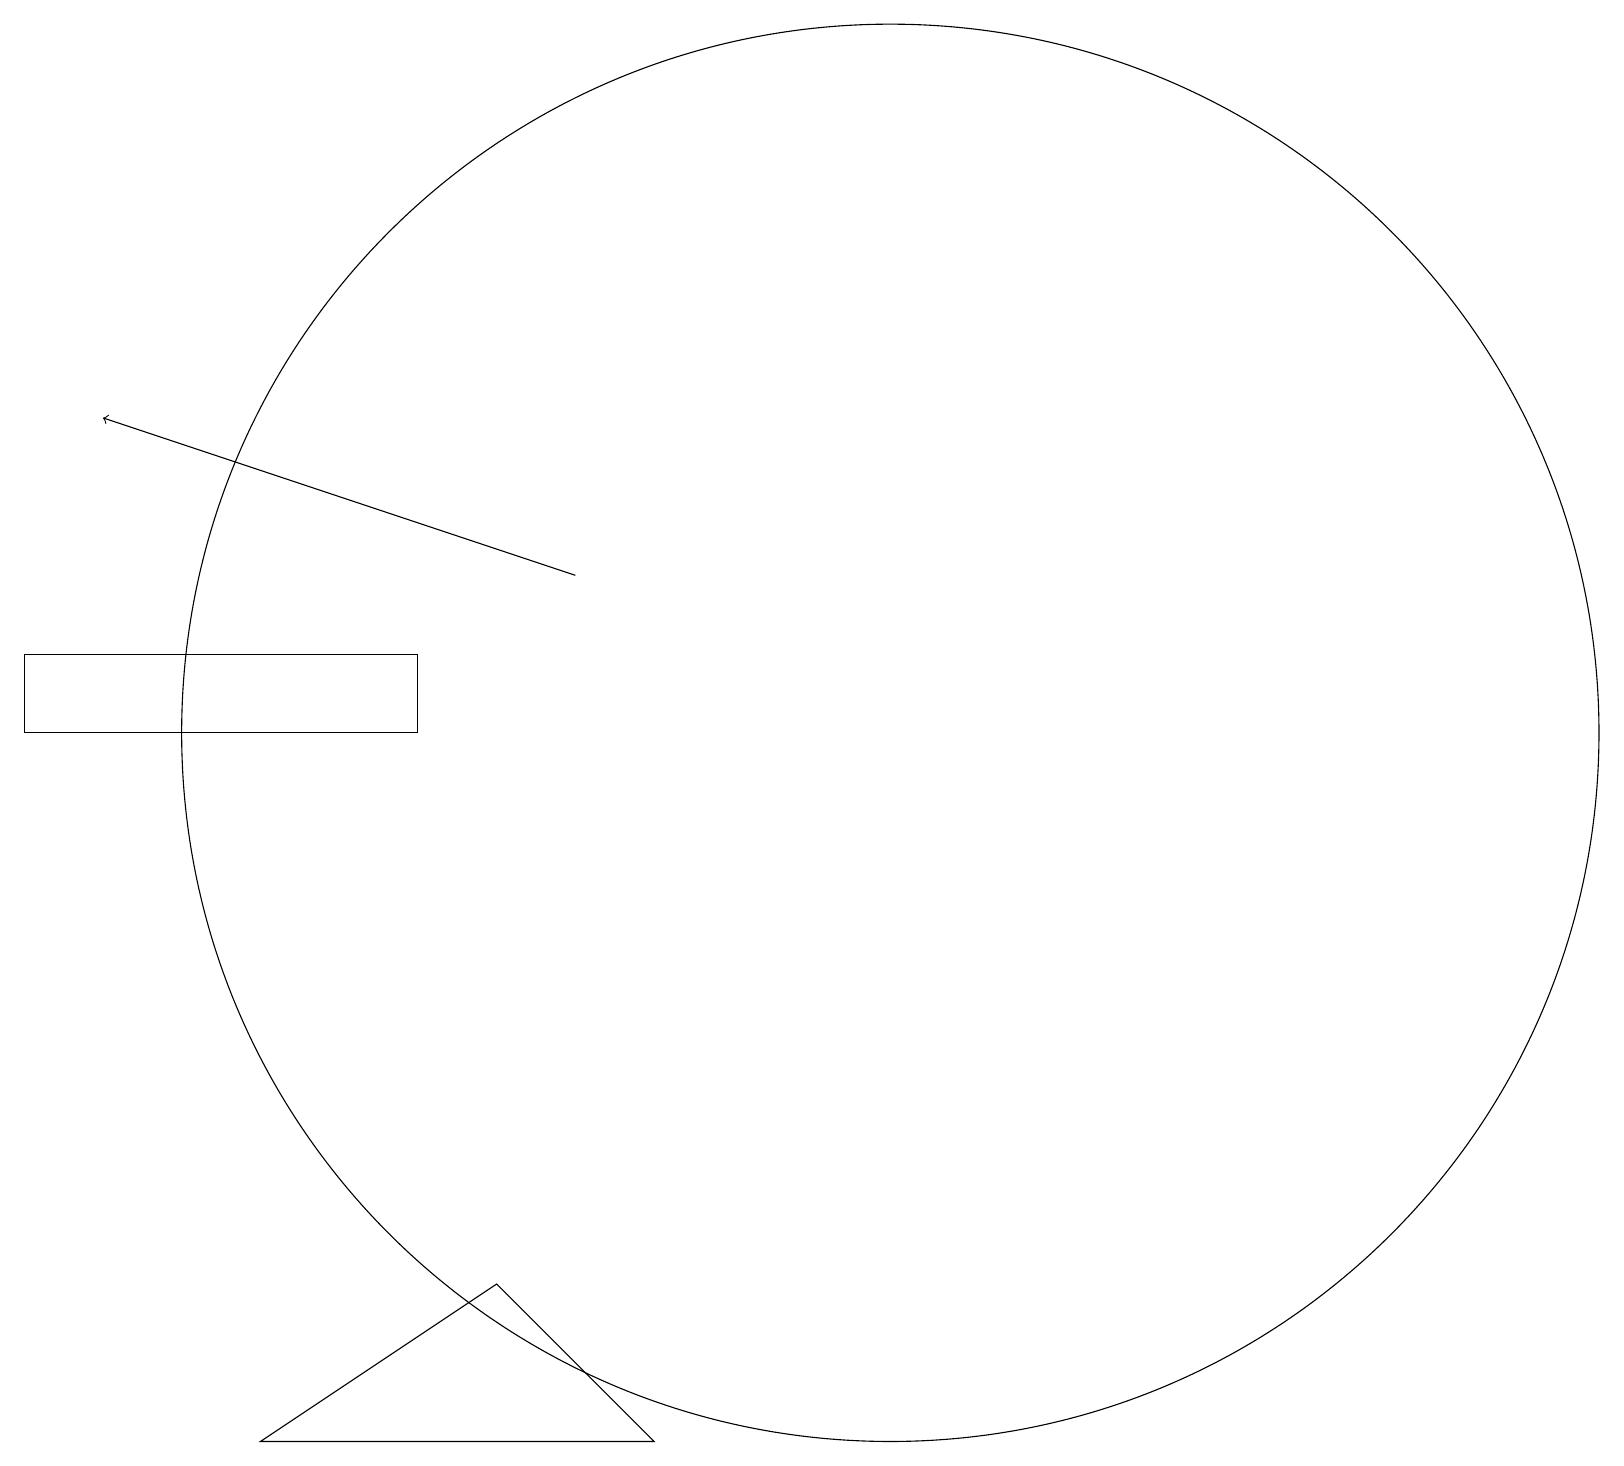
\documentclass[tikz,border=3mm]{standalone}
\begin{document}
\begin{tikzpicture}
\draw[->] (7,14) -- (1,16);
\draw (8,3) -- (3,3) -- (6,5) -- cycle;
\draw (5,13) rectangle (0,12);
\draw (11,12) circle (9);
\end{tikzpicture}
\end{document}